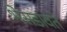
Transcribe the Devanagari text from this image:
भेसडावते